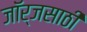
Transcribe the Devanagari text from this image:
जॉर्जसाठी